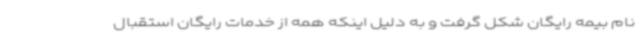
نام بیمه رایگان شکل گرفت و به دلیل اینکه همه از خدمات رایگان استقبال